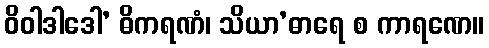
ဝိဝါဒါဒေါ’ ဓိကရဏံ၊ သိယာ’ဓာရေ စ ကာရဏေ။